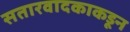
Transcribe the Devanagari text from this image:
सतारवादकाकडून